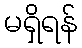
မရှိရန်